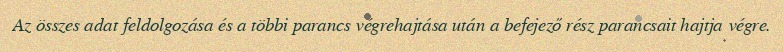
Az összes adat feldolgozása és a többi parancs végrehajtása után a befejező rész parancsait hajtja végre.